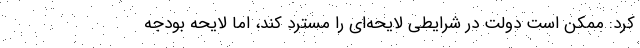
کرد: ممکن است دولت در شرایطی لایحه‌ای را مسترد کند، اما لایحه بودجه